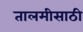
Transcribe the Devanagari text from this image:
तालमीसाठी